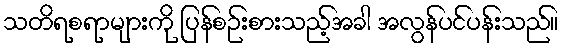
သတိရစရာများကို ပြန်စဉ်းစားသည့်အခါ အလွန်ပင်ပန်းသည်။